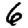
Digit: 6